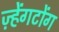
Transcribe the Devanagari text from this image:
ज़्हेंगटोंग